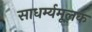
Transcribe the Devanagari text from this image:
साधर्म्यमूलक